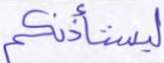
ليستأذنكم